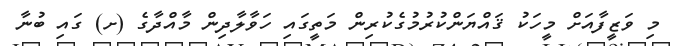
މި ވަޒީފާއަށް މީހަކު ޤައްޔަންކުރުމުގެކުރިން މަތީގައި ހަވާލާދިން މާއްދާގެ (ށ) ގައި ބުނާ